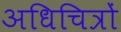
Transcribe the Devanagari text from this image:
अधिचित्रों